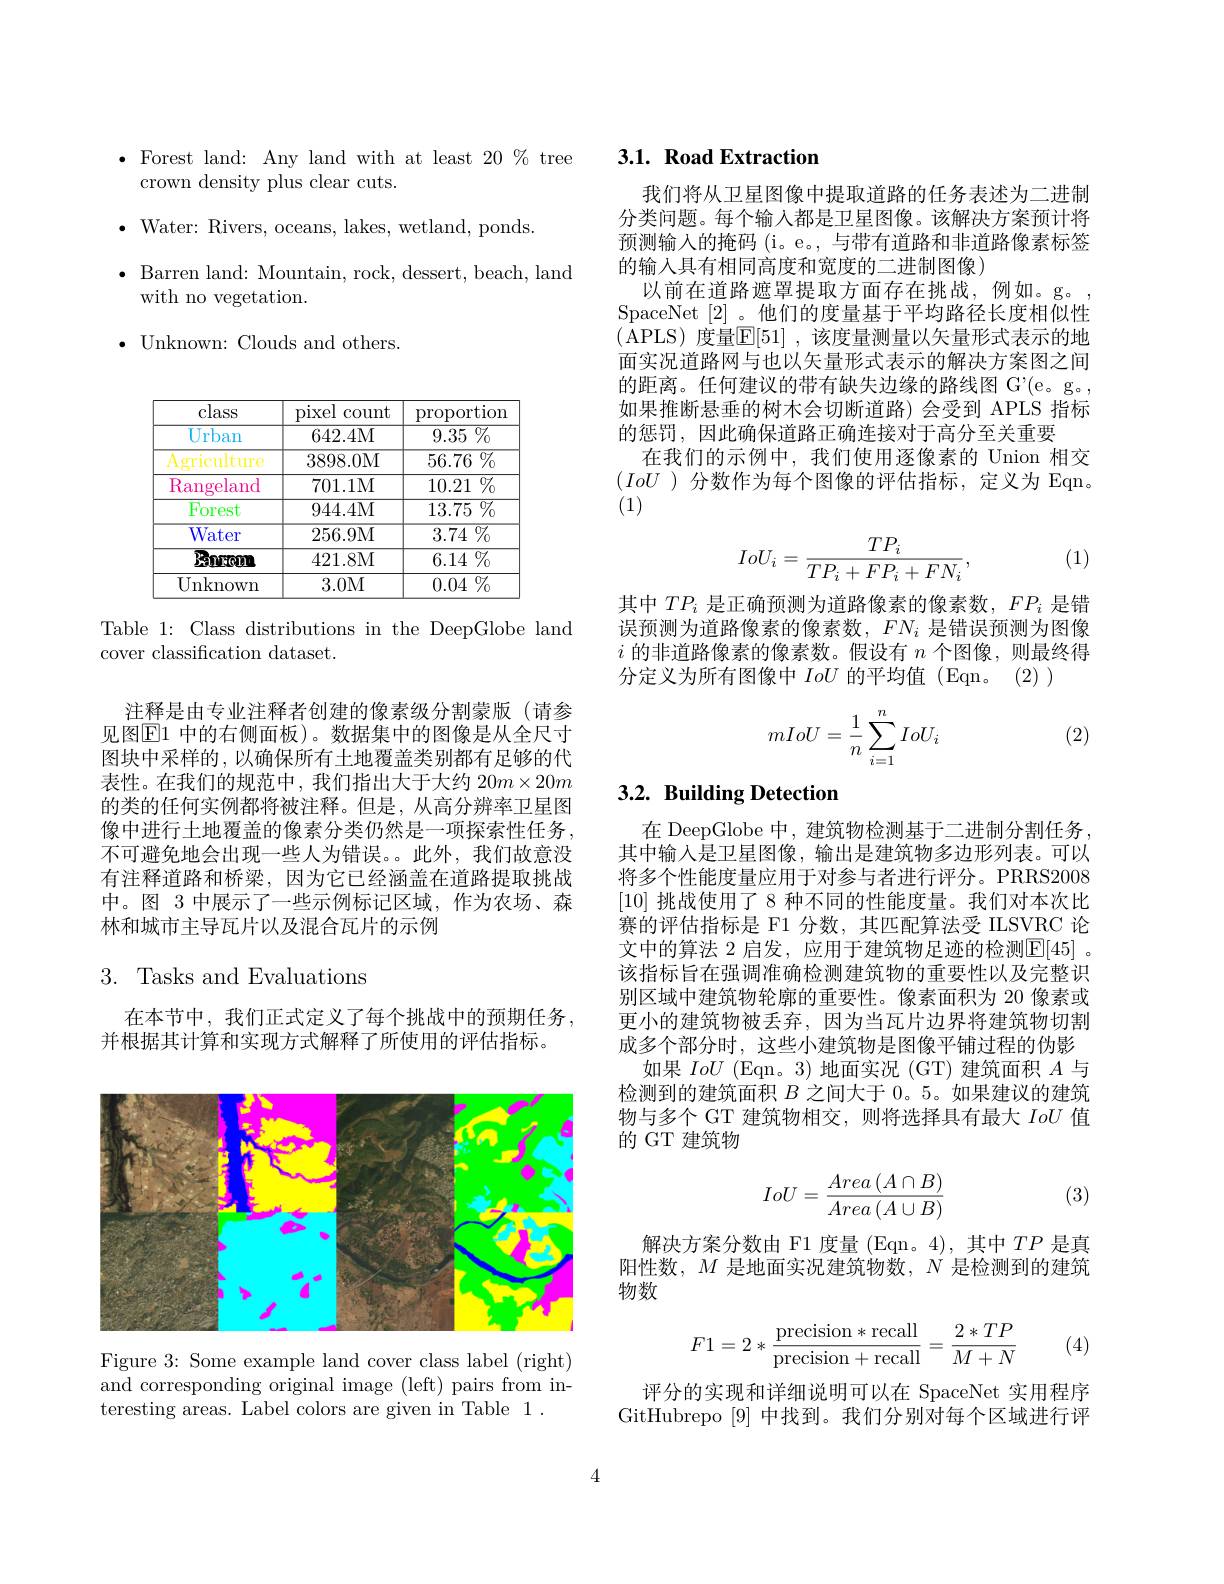
$\bullet$ Forest land: Any land with at least 20 $\%$ tree
crown density plus clear cuts.
$\bullet$Water: Rivers, oceans, la
$\bullet$ Barren land: Mountain, rock, dessert, beach, land
with no vegetation.
$\bullet$ Unknown: Clouds and others.

<table>
	<tbody>
		<tr>
			<th>class</th>
			<th>pixel count</th>
			<th>proportion</th>
		</tr>
		<tr>
			<td>Urban</td>
			<td>642.4M</td>
			<td>${\overline{9.35\%}}$</td>
		</tr>
		<tr>
			<td>$A$ griculture</td>
			<td>3898.0M</td>
			<td>$56.76\%$</td>
		</tr>
		<tr>
			<td>$\overline{\text{Rangeland}}$ T T</td>
			<td>701.1M</td>
			<td>${\overline{10.21\%}}$</td>
		</tr>
		<tr>
			<td>Forest</td>
			<td>944.4M</td>
			<td>13.75 $\%$</td>
		</tr>
		<tr>
			<td>$\overline{\text{Water}}$</td>
			<td>256.9M</td>
			<td>$\overline{3.74\:\%}$</td>
		</tr>
		<tr>
			<td>Bnrom</td>
			<td>421.8M</td>
			<td>6.14 $\%$</td>
		</tr>
		<tr>
			<td>Unknown</td>
			<td>3.0M</td>
			<td>$\downarrow0/_{0}$ 0.04 1 T</td>
		</tr>
	</tbody>
</table>

Table 1: Class distributions
cover classification dataset.

注释是由专业注释者创建的像素级分割蒙版(请参见图$\overline{\mathrm{E}}1$ 中的右侧面板)。数据集中的图像是从全尺寸图块中采样的，以确保所有土地覆盖类别都有足够的代表性。在我们的规范中，我们指出大于大约$20m\times20m$ 的类的任何实例都将被注释。但是，从高分辨率卫星图像中进行土地覆盖的像素分类仍然是一项探索性任务， 不可避免地会出现一些人为错误。。此外，我们故意没有注释道路和桥梁，因为它已经涵盖在道路提取挑战中。图 3 中展示了一些示例标记区域，作为农场、森林和城市主导瓦片以及混合瓦片的示例

## 3. Tasks and Evaluations

在本节中，我们正式定义了每个挑战中的预期任务，
并根据其计算和实现方式解释了所使用的评估指标。

<FigureHere>

Figure 3: Some example land cover class label (right) and corresponding original i teresting areas. Label colors are given in Table 1 .

## 3.1. Road Extraction

我们将从卫星图像中提取道路的任务表述为二进制分类问题。每个输入都是卫星图像。该解决方案预计将预测输入的掩码 (i。e。, 与带有道路和非道路像素标签的输入具有相同高度和宽度的二进制图像)
以前在道路遮罩提取方面存在挑战，例如。g。, SpaceNet [2] 。他们的度量基于平均路径长度相似性(APLS)度量$\mathbb{E}[51]$ ,该度量测量以矢量形式表示的地面实况道路网与也以矢量形式表示的解决方案图之间的距离。任何建议的带有缺失边缘的路线图 G'(e。g。, 如果推断悬垂的树木会切断道路)会受到 APLS 指标的惩罚，因此确保道路正确连接对于高分至关重要
在我们的示例中，我们使用逐像素的 Union 相交$\begin{array}{cc}(IoU\text{)分数作为每个图像的评估指标，定义}\end{array}$
$$IoU_i=\frac{TP_i}{TP_i+FP_i+FN_i},$$
(1)

其中$TP_i$是正确预测为道路像素的像素数，$FP_i$是错误预测为道路像素的像素数，$FN_i$是错误预测为图像$i$的非道路像素的像素数。假设有$n$个图像，则最终得分定义为所有图像中IoU的平均值(Eqn。(2))

(2)
$$mIoU=\dfrac{1}{n}\sum_{i=1}^nIoU_i$$
## 3.2. Building Detection

在 DeepGlobe 中，建筑物检测基于二进制分割任务其中输入是卫星图像，输出是建筑物多边形列表。可以将多个性能度量应用于对参与者进行评分。PRRS2008 [10]挑战使用了 8 种不同的性能度量。我们对本赛的评估指标是 F1 分数，其匹配算法受 ILSVRC 论文中的算法 2 启发，应用于建筑物足迹的检测$\mathbb{E}[45]$ 。该指标旨在强调准确检测建筑物的重要性以及完整识别区域中建筑物轮廓的重要性。像素面积为 20 像素或更小的建筑物被丢弃，因为当瓦片边界将建筑物切割成多个部分时，这些小建筑物是图像平铺过程的伪影
如果IoU (Eqn。3)地面实况 (GT) 建筑面积$A$与检测到的建筑面积$B$之间大于0。5。如果建议的建筑物与多个 GT 建筑物相交，则将选择具有最大IoU值的 GT 建筑物
$$IoU=\frac{Area\left(A\cap B\right)}{Area\left(A\cup B\right)}$$
(3)

解决方案分数由 F1 度量 (Eqn。4),其中$TP$ 阳性数，$M$是地面实况建筑物数，$N$是检测到的建筑物数
$$F1=2*\frac{\text{precision}*\text{recall}}{\text{precision}+\text{recall}}=\frac{2*TP}{M+N}$$
(4)

评分的实现和详细说明可以在 SpaceNet 实用程序GitHubrepo [9]中找到。我们分别对每个区域进行评

4